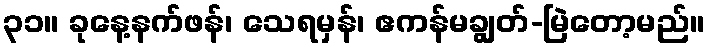
၃၁။ ခုနေ့နက်ဖန်၊ သေရမှန်၊ ဧကန်မချွတ်-မြဲတော့မည်။